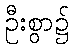
ဦးစွာ၌